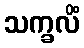
သက္ခလိံ